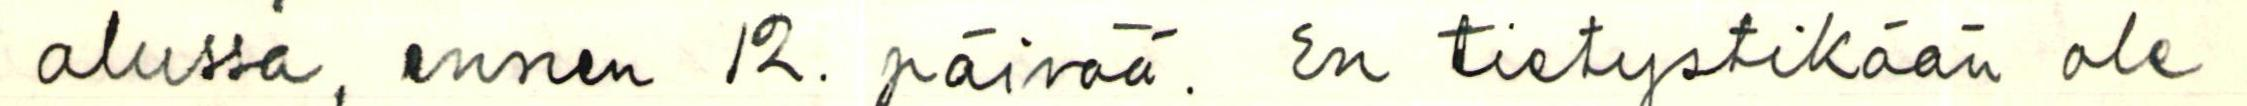
alussa, ennen 12. päivää. En tietystikään ole